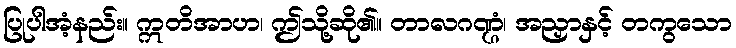
ပြုပါအံ့နည်း။ ဣတိအာဟ၊ ဤသို့ဆို၏။ တာလဂဏ္ဌံ၊ အညှာနှင့် တကွသော